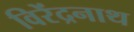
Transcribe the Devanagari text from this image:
विरेंद्रनाथ